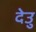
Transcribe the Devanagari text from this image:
देउु